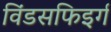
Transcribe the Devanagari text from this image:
विंडसफिइर्ग